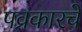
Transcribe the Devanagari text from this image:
पव्रकारचे